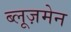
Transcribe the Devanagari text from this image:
ब्लूज़मेन